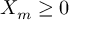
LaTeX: X _ { m } \geq 0